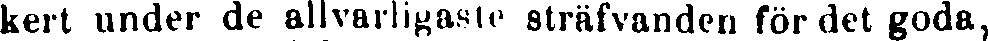
kert under de allvarligaste sträfvanden för det goda,